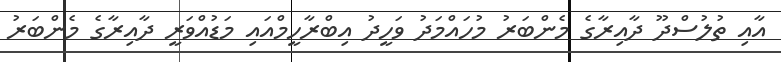
އާއި ތުލުސްދޫ ދާއިރާގެ މެންބަރު މުހައްމަދު ވަހީދު އިބްރާހީމްއައި މަޑުއްވަރީ ދާއިރާގެ މެންބަރު